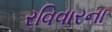
રવિવારના